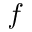
f